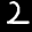
Label: 2